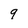
Character: q